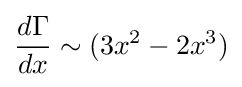
{\frac {d\Gamma }{dx}}\sim (3x^{2}-2x^{3})